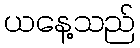
ယနေ့သည်